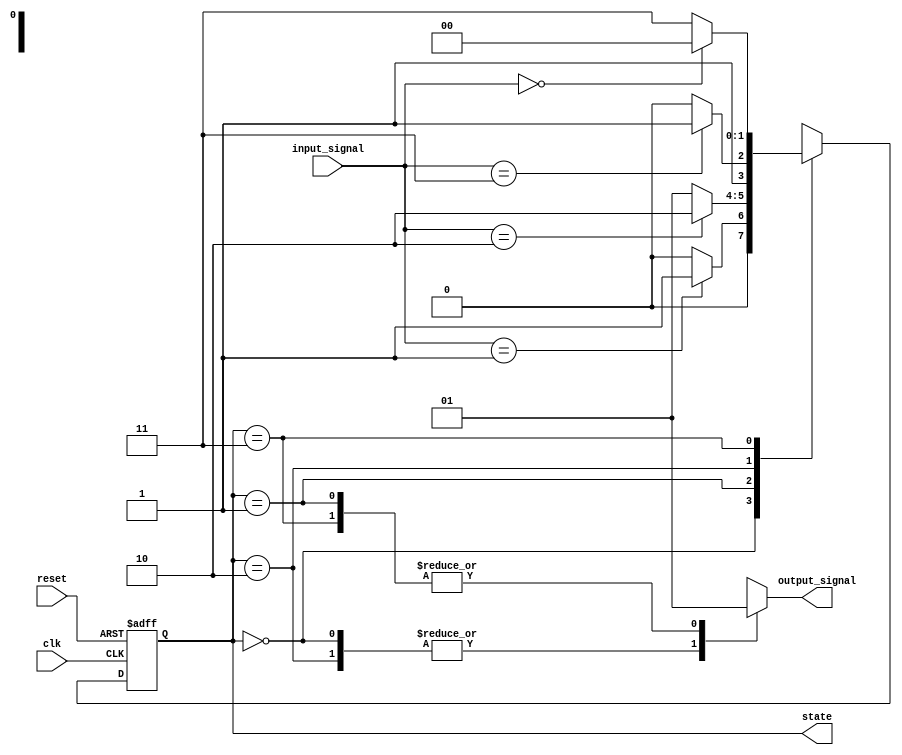
module fsm #(
    parameter STATE_WIDTH = 2,         // Width of the state variable
    parameter NUM_STATES = 4,           // Number of states
    parameter DEFAULT_STATE = 2'b00     // Default initial state
)(
    input wire clk,                     // Clock signal
    input wire reset,                   // Reset signal (active high)
    input wire [1:0] input_signal,      // Input signals for state transitions
    output reg [STATE_WIDTH-1:0] state, // Current state output
    output reg output_signal             // Output signal based on current state
);

    // State encoding
    localparam STATE_0 = 2'b00;
    localparam STATE_1 = 2'b01;
    localparam STATE_2 = 2'b10;
    localparam STATE_3 = 2'b11;

    // State transition logic
    always @(posedge clk or posedge reset) begin
        if (reset) begin
            // Initialize state on reset
            state <= DEFAULT_STATE;
        end else begin
            // State transition based on input signals
            case (state)
                STATE_0: begin
                    if (input_signal == 2'b01)
                        state <= STATE_1;
                    else
                        state <= STATE_0; // Stay in STATE_0
                end
                STATE_1: begin
                    if (input_signal == 2'b10)
                        state <= STATE_2;
                    else
                        state <= STATE_1; // Stay in STATE_1
                end
                STATE_2: begin
                    if (input_signal == 2'b11)
                        state <= STATE_3;
                    else
                        state <= STATE_2; // Stay in STATE_2
                end
                STATE_3: begin
                    if (input_signal == 2'b00)
                        state <= STATE_0;
                    else
                        state <= STATE_3; // Stay in STATE_3
                end
                default: state <= DEFAULT_STATE; // Fallback state
            endcase
        end
    end

    // Output generation based on the current state
    always @(*) begin
        case (state)
            STATE_0: output_signal = 1'b0;
            STATE_1: output_signal = 1'b1;
            STATE_2: output_signal = 1'b0;
            STATE_3: output_signal = 1'b1;
            default: output_signal = 1'b0; // Default output
        endcase
    end

endmodule